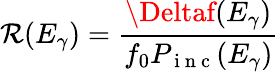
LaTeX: \mathcal{R}(E_{\gamma})=\frac{{\Deltaf(E_{\gamma})}}{{f_{0}P_{\mathrm{{~i~n~c~}}}(E_{\gamma})}}